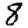
Digit: 8